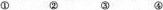
①②③④